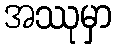
အဿုမှာ